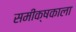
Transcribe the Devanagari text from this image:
समीक्षकाला